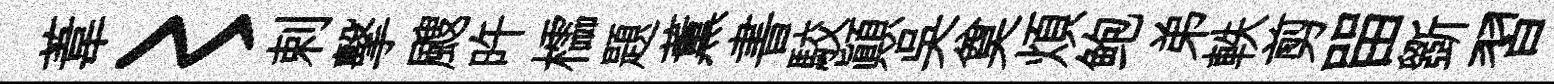
葦〻剌擊颼旿櫺題薫書駮顛吴奠煩鲍弟軼剪㽞斵習